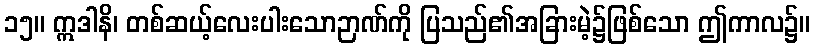
၁၅။ ဣဒါနိ၊ တစ်ဆယ့်လေးပါးသောဉာဏ်ကို ပြသည်၏အခြားမဲ့၌ဖြစ်သော ဤကာလ၌။